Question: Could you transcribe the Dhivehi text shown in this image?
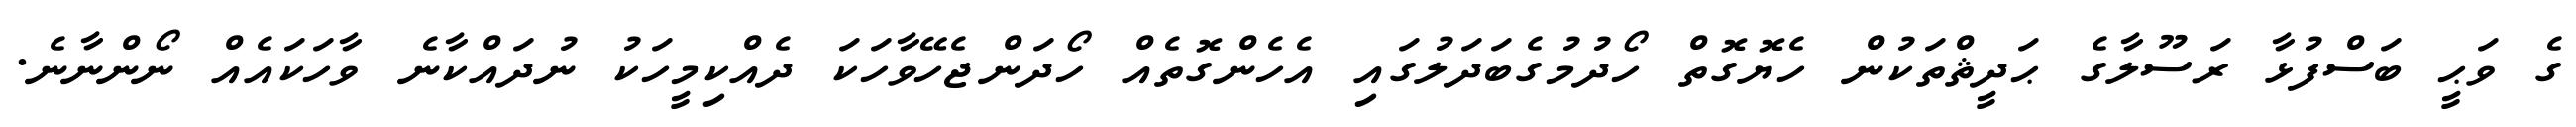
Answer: ގެ ވަޙީ ބަސްފުޅާ ރަސޫލާގެ ޙަދީޘްތަކުން ހެޔޮގޮތް ހޯދުމުގެބަދަލުގައި އެހެންގޮތެއް ހޯދަންޖެހޭވާހަކަ ދެއްކިމީހަކު ނުދައްކާނެ ވާހަކައެއް ނޯންނާނެ.